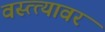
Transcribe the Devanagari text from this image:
वस्त्त्यावर